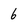
Character: 6